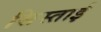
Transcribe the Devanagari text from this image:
सिस्ताई